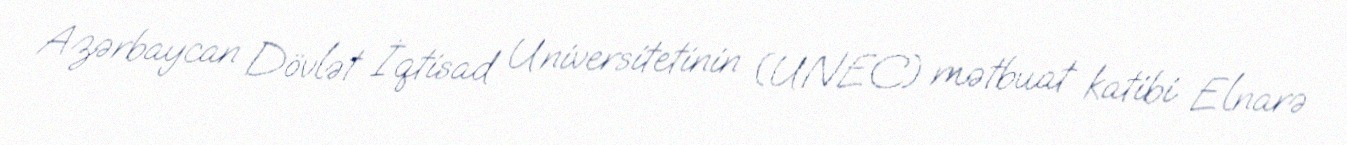
Azərbaycan Dövlət İqtisad Universitetinin (UNEC) mətbuat katibi Elnarə